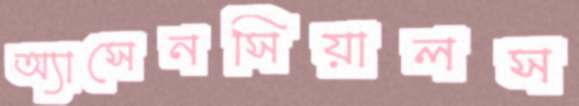
অ্যাসেনসিয়ালস